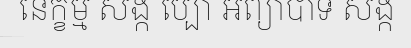
នេក្ខម្ម សង្ក ប្បោ អព្យាបាទ សង្ក